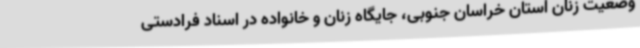
وضعیت زنان استان خراسان جنوبی، جایگاه زنان و خانواده در اسناد فرادستی